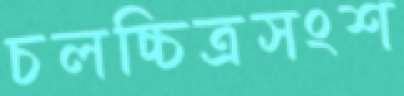
চলচ্চিত্রসংশ